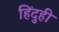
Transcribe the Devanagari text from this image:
हिंदुही